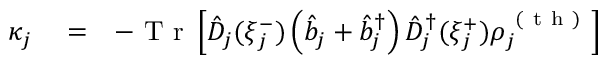
\begin{array} { r l r } { \kappa _ { j } } & { { } = } & { - \mathrm { ~ T ~ r ~ } \left[ \hat { D } _ { j } ( \xi _ { j } ^ { - } ) \left( \hat { b } _ { j } + \hat { b } _ { j } ^ { \dagger } \right) \hat { D } _ { j } ^ { \dagger } ( \xi _ { j } ^ { + } ) \rho _ { j } ^ { \mathrm { ~ ( ~ t ~ h ~ ) ~ } } \right] } \end{array}